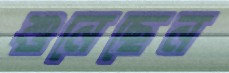
শুনেছেন